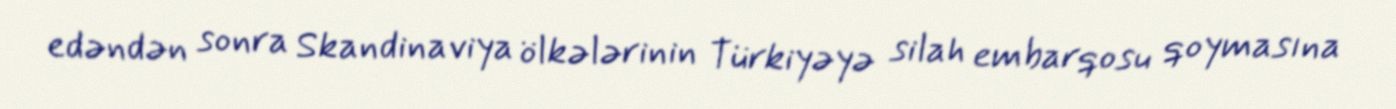
edəndən sonra Skandinaviya ölkələrinin Türkiyəyə silah embarqosu qoymasına